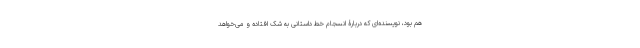
هم بود، نویسنده‌ای که دربارۀ انسجام خط داستانی به شک افتاده و می‌خواهد